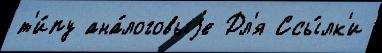
т'и́пу ана́логовыjе Дл'я Ссы́лк'и